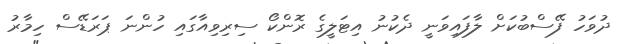
ދުވަހު ފޭސްބުކަށް ލާފައިވަނީ ދެކުނު އިޓަލީގެ ރޮންކޯ ސިރިވިއާގައި ހުންނަ ޕަރަޑޭސް ހިމާރު